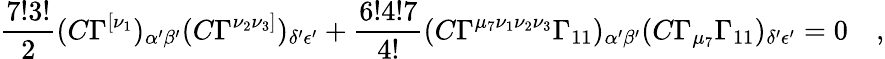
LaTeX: \frac{7!3!}{2}(C\Gamma^{[\nu_{1}})_{\alpha{'}\beta{'}}(C\Gamma^{\nu_{2}\nu_{3}]})_{\delta{'}\epsilon{'}}+\frac{6!4!7}{4!}(C\Gamma^{\mu_{7}\nu_{1}\nu_{2}\nu_{3}}\Gamma_{11})_{\alpha{'}\beta{'}}(C\Gamma_{\mu_{7}}\Gamma_{11})_{\delta{'}\epsilon{'}}=0\quad,